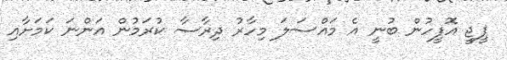
ޕީޖީ އޮފީހުން ބުނީ އެ މައްސަލަ މިހާރު ދިރާސާ ކުރަމުން އަންނަ ކަމަށާއި